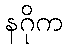
နဂိုက